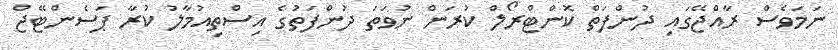
ނަމަވެސް ރާއްޖޭގައި ދުންފަތް ކޮންޓްރޯލް ކުރަން ނުވަތަ ދުންފަތުގެ އިސްތިއުމާލު ކުރާ ޕަސެންޓޭޖް